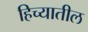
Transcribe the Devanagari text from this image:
हिच्यातील